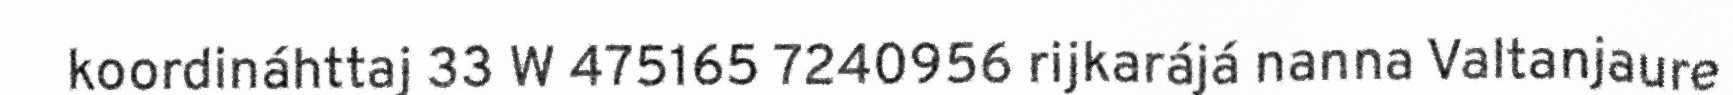
koordináhttaj 33 W 475165 7240956 rijkarájá nanna Valtanjaure